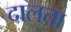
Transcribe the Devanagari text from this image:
दालता